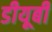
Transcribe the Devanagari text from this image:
डीयूबी